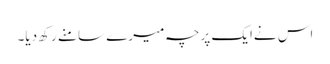
اس نےایک پرچہ میرے سامنے رکھ دیا۔